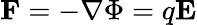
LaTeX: \mathbf{F}=-\nabla\Phi=q\mathbf E